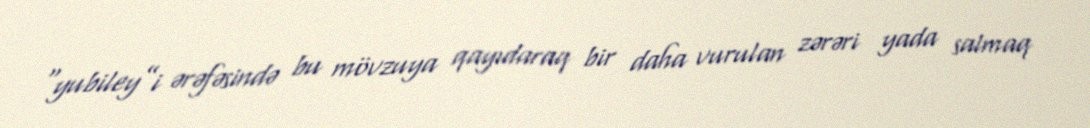
“yubiley”i ərəfəsində bu mövzuya qayıdaraq bir daha vurulan zərəri yada salmaq